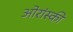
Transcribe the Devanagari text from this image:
ओरांस्की